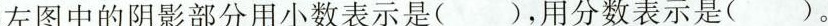
左图中的阴影部分用小数表示是()，用分数表示是()。